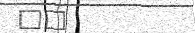
٧٩